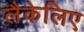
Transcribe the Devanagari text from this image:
लैकेलिए